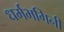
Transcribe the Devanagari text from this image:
धर्मभगिनी